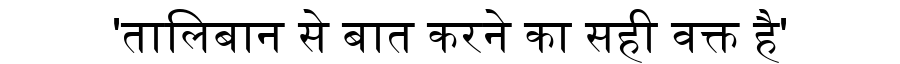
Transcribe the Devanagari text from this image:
'तालिबान से बात करने का सही वक्त है'